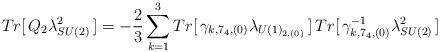
LaTeX: \begin{align*}Tr[\,Q_{2} \lambda^{2}_{SU(2)}\,] = - \frac{2}{3} \sum_{k=1}^{3} Tr[\,\gamma_{k, 7_4, (0)} \lambda_{U(1)_{2, (0) }}\,]\, Tr[\,\gamma^{-1}_{k, 7_4, (0)} \lambda^{2}_{SU(2)}\,]\end{align*}